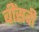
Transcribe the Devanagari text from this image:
बींसवी